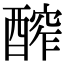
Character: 醡